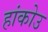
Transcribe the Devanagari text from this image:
हांकोउ